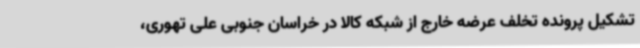
تشکیل پرونده تخلف عرضه خارج از شبکه کالا در خراسان جنوبی علی تهوری،